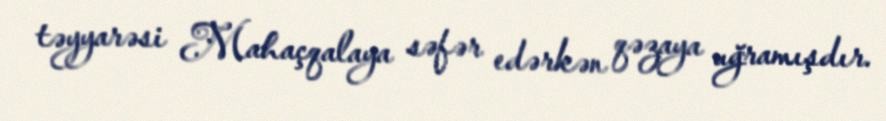
təyyarəsi Mahaçqalaya səfər edərkən qəzaya uğramışdır.